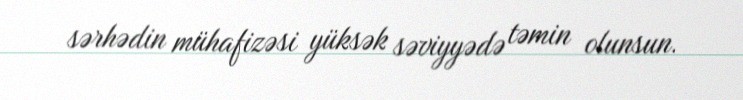
sərhədin mühafizəsi yüksək səviyyədə təmin olunsun.